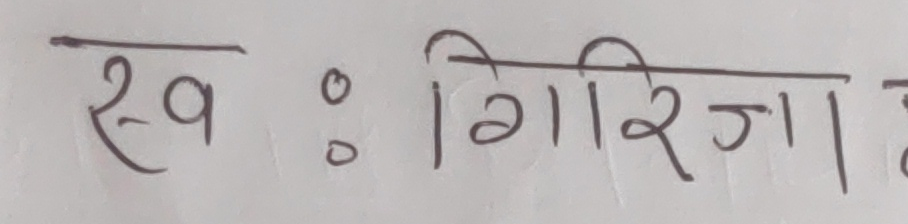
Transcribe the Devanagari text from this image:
स्व : गिरिजा